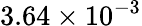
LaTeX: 3.64\times 10^{-3}